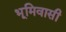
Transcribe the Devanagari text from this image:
भूमिवासी